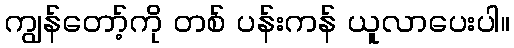
ကျွန်တော့်ကို တစ် ပန်းကန် ယူလာပေးပါ။